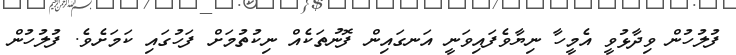
ފުލުހުން ވިދާޅުވީ އެމީހާ ނިޔާވެފައިވަނީ އަނގައިން ފޮނުތަކެއް ނިކުތުމަށް ފަހުގައި ކަމަށެވެ. ފުލުހުން